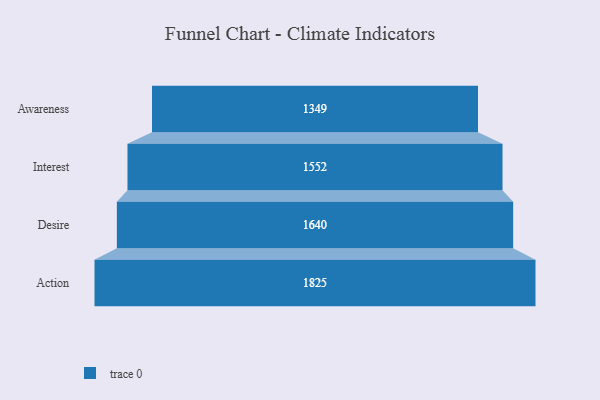
{"axis": {"x": "Stage", "y": "Value"}, "legend": [""], "data": [{"x": "Awareness", "y": 1349.0, "type": ""}, {"x": "Interest", "y": 1552.0, "type": ""}, {"x": "Desire", "y": 1640.0, "type": ""}, {"x": "Action", "y": 1825.0, "type": ""}]}